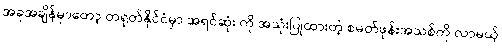
အခုအချိန်မှာတော့ တရုတ်နိုင်ငံမှာ အရင်ဆုံး ကို အသုံးပြုထားတဲ့ စမတ်ဖုန်းအသစ်ကို လာမယ့်